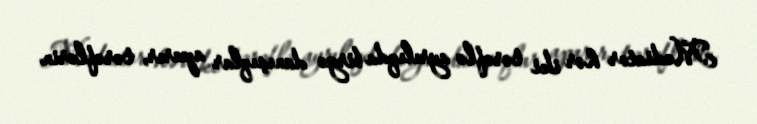
Mediator hər iki tərəflə ayrılıqda birgə danışıqlar aparır, tərəflərin